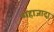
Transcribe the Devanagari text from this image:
शहाजादा